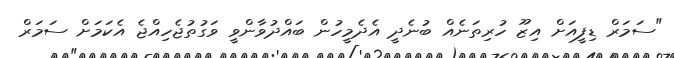
"ސަމަރް ޑިފީއަށް އިޒޫ ހުރިތަނެއް ބުނެދީ އެދެމީހުން ބައްދުވާންވީ ވަގުތުޖެހިއްޖެ އެކަމަށް ސަމަރް